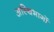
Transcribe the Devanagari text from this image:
अस्थिभागों